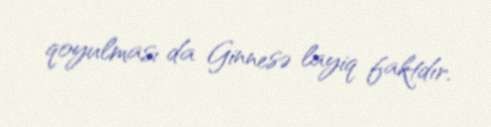
qoyulması da Ginnesə layiq faktdır.